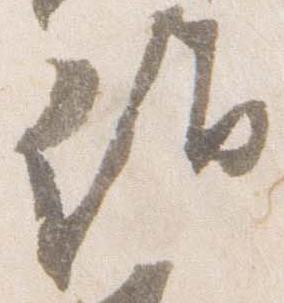
詣